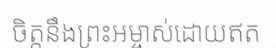
ចិត្តនឹងព្រះអម្ចាស់ដោយឥត